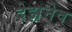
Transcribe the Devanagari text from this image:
देझ़नेव